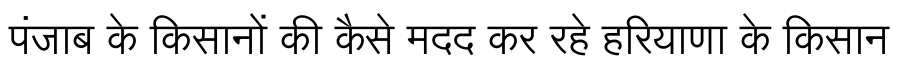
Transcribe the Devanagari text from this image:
पंजाब के किसानों की कैसे मदद कर रहे हरियाणा के किसान